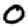
Digit: 0